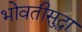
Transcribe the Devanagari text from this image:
भोवतीसुद्धा